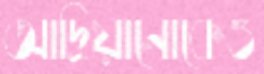
আদ্রিয়ানোকেও